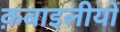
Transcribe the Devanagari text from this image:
क़बाइलीयों